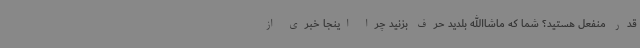
قدر منفعل هستید؟ شما که ماشاالله بلدید حرف بزنید چرا اینجا خبری از